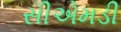
સીએમડી